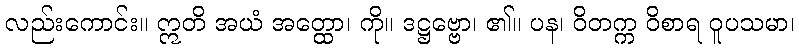
လည်းကောင်း။ ဣတိ အယံ အတ္ထော၊ ကို။ ဒဋ္ဌဗ္ဗော၊ ၏။ ပန၊ ဝိတက္က ဝိစာရ ဝူပသမာ၊